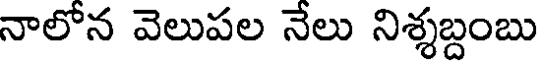
నాలోన వెలుపల నేలు నిశ్శబ్దంబు